Cholera in southern India
Disease focus: Cholera
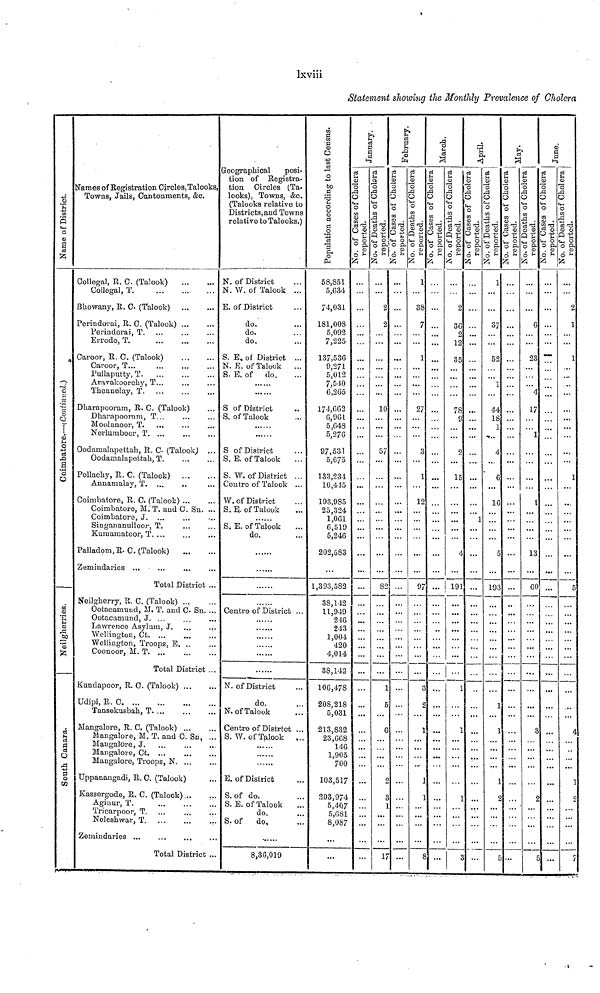
lxviii
Statement showing the Monthly Prevalence of Cholera
Name of District
Coimbatore-continued
Neilegherries
South Canara
Names of Registration Circles, Talooks,
Towns, Jails, Cantonments, &c.
Collegal, R. C. (Talook)
...
...
Collegal,
T...
...
...
Bliowany, R. C (Talook) ... ...
Perindorai, R. C. (Talook) ... ... ...
Perindorai, T. ... ... ...
Errodo, T. ... ... ...
Caroor, R. C. (Talook) ... ...
Caroor, T... ... ...
Pullaputty, T
...
...
...
Aravakoorchy, T... ... ...
Thennelay, T.... ... ...
Dliarapooram, R. C. (Talook)...
Dharapooram, T... ... ...
Moolanoor, T ... ... ...
Nerlumboor, T. ... ... ...
Oodamalapettah, R. C. (Talook; ... ...
Oodarnalapettali, T. ... ... ...
Pollachy, R. C. (Talook) ... ... ...
Annamalay, T.... ... ...
Coimbatore, R. C. (Talook) ... ...
Coimbatoro, M.'T. and C. Sn. ...
Coimbatore, J.... ... ...
Singananulloor, T. ... ... ...
Kumamatoor, T. ... ... ...
Palladom,R. C. (Talook)
...
...
Zemindaries ... ... ... ...
Total District ...
Neilgherry, R. C, (Talook) ... ... ...
Ootacamuud, M, T. and C. Sn. ...
Ootacamund, J. ... ... ...
Lawrence Asylum, J. ... ...
Wellington,
Ct.
...
...
...
Wellington, Troops, E. ... ...
Coonoor, M. T. ... ... ...
Total District ...
Kundapoor, R. O. (Talook)... ...
Udipi, R. C
...
...
...
Tansekusbah, T. ... ... ...
Mangalore, R. C. (Talook)... ...
Mangalore, M. T. and C. Sn, ...
Mangalore, J.... ... ...
Mangalore, Ct. ... ... ...
Mangalore, Troops, N. ... ...
Uppanangadi, R. C, (Talook)...
Kassergode, R. C. (Talook) ...
Aginur, T.... ... ...
Tricarpoor, T.... ... ...
Neleshwar,
...
...
...
Zemindaries ... ... ... ...
Total District ..
Geographical
posi-
tion of Registra-
tion Circles (Ta-
looks), Towns, &c.
(Talooks relative to
Districts, and Towns
relative to Talooks.)
N. of District ...
N. W. of Talook ...
E. of District ...
do ...
do. ...
do. ...
S. E, of District ...
N. E. of Talook ...
S. E, of
do. ...
S of District ...
S. of Talook ...
... ...
... ...
S of District ...
S. E. of Talook ...
S. W. of District ...
Centre of Talook ...
W. of District ...
S.E. of Talook ...
......
S. E. of Talook ...
do. ...
......
......
......
......
Centre of District ...
......
......
..........
......
......
N. of District ...
do. ...
N. of Talook ...
Centre of Distrtct ..
S. W. of Talook ...
......
......
E. of District ...
S. of do. ...
S. E. of Talook ...
do. ...
S. of
do, ...
8,36,019
Population according to l ast Census
58,851
5,634
74,031
181,008
5,092
7,225
137,536
9,271
5,012
7,510
0,265
174,002
6,961
5,648
5,276
97,531
5,675
133,234
10,445
193,985
25,324
1,061
6,519
5,246
202,583
1,393,582
38,142
11,949
246
243
1,004
420
4,014
38,142
106,478
208.218
5,031
213,832
23,668
146
1,905
700
103,517
203,974
5,407
5,081
8,087
...
...
January
No. of Cases of Cholera
reported
...
...
...
...
...
...
...
...
...
...
...
...
...
...
...
...
...
...
...
...
...
...
......
...
...
...
...
...
...
...
...
...
...
...
...
...
...
...
...
...
...
...
...
...
...
...
...
...
...
No. of Deaths of Cholera
reported
...
...
2
2
...
...
...
...
...
...
...
10
...
...
...
57
...
...
...
...
...
...
...
...
...
...
82
...
...
...
...
...
...
...
...
...
...
...
...
...
...
...
...
...
...
...
...
...
17
February
No. of Cases of Cholera
reported
...
...
...
...
...
...
....
...
...
...
...
...
...
...
...
...
...
...
...
...
...
...
...
...
...
...
...
...
...
...
...
...
...
...
...
...
...
...
...
...
...
...
...
...
...
...
...
...
No. of Deaths of Cholera
reported
1
...
38
7
...
...
1
...
...
...
...
27
...
...
...
...
...
1
...
12
...
...
...
...
...
...
9
...
...
...
...
...
...
...
...
...
...
...
...
...
...
...
...
...
...
...
...
...
...
...
March
No. of Cases of Cholera
reported
...
...
...
...
...
...
...
...
...
...
...
...
...
...
...
...
...
...
...
...
...
...
...
...
...
...
...
...
...
...
...
...
...
...
...
...
...
...
...
...
...
...
...
...
...
...
...
...
...
No. of Deaths of Cholera
reported
...
...
2
30
2
12
35
...
...
...
...
78
9
...
...
...
...
15
...
...
...
...
...
...
...
...
19
...
...
...
...
...
...
...
...
...
...
...
...
...
...
...
...
...
...
...
...
...
...
April
No. of Cases of Cholera
reported
...
...
...
...
...
...
...
...
...
...
...
...
...
...
...
...
...
...
...
...
...
...]
...
...
...
...
...
...
...
...
...
...
...
...
...
...
...
...
...
...
...
...
...
...
...
...
...
...
...
...
No. of Deaths of Cholera
reported
1
...
...
37
...
...
52
...
...
1
...
44
18
1
...
4
...
6
...
16
...
...
...
...
c
...
193
...
...
...
...
...
...
...
...
...
...
...
...
...
...
...
...
...
...
...
...
...
...
May
No. of Cases of Cholera
reported
...
...
...
...
...
...
...
...
...
...
...
...
...
...
...
...
...
...
...
...
...
...
...
...
...
...
...
...
...
...
...
...
...
...
...
...
...
...
...
...
...
...
...
...
...
...
...
...
...
No. of Deaths of Cholera
reported
6
23
4
17
1
13
60
...
...
...
...
...
...
...
...
...
...
...
...
...
...
...
...
...
...
...
...
...
...
June
No. of Cases of Ch
reported
...
—
...
...
...
...
...
...
...
...
...
...
...
...
...
...
...
...
...
...
...
...
...
...
...
...
No. of Deaths
reported
...
...
2
l
...
...
1
...
...
...
...
...
...
...
...
...
...
...
...
...
...
...
...
...
...
...
...
...
...
...
...
...
...
...
...
...
...
...
...
...
...
...
...
...
...
...
...
...
...